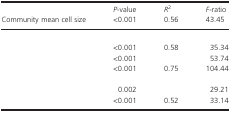
<table><thead><tr><td rowspan="2"><b>Community mean cell size</b></td><td><b><i>P</i>-value</b></td><td><b><i>R</i><sup>2</sup></b></td><td><b><i>F</i>-ratio</b></td></tr><tr><td><b>&lt;0.001</b></td><td><b>0.56</b></td><td><b>43.45</b></td></tr></thead><tbody><tr><td colspan="4">[EMPTY_CELL]</td></tr><tr><td>[EMPTY_CELL]</td><td>&lt;0.001</td><td>0.58</td><td>35.34</td></tr><tr><td>[EMPTY_CELL]</td><td>&lt;0.001</td><td>[EMPTY_CELL]</td><td>53.74</td></tr><tr><td>[EMPTY_CELL]</td><td>&lt;0.001</td><td>0.75</td><td>104.44</td></tr><tr><td colspan="4">[EMPTY_CELL]</td></tr><tr><td>[EMPTY_CELL]</td><td>0.002</td><td>[EMPTY_CELL]</td><td>29.21</td></tr><tr><td>[EMPTY_CELL]</td><td>&lt;0.001</td><td>0.52</td><td>33.14</td></tr></tbody></table>